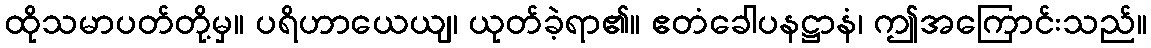
ထိုသမာပတ်တို့မှ။ ပရိဟာယေယျ၊ ယုတ်ခဲ့ရာ၏။ ဧတံခေါပနဋ္ဌာနံ၊ ဤအကြောင်းသည်။